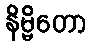
နိမ္မိတော